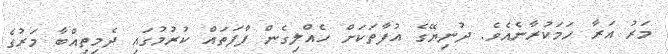
މަރު އަރާ ހަމަކުރާނެއެވެ. ދުނިޔޭގެ އުފާތަކަށް ހެއްލިގެން ފާފަތައް ކުރުމުގައި ދެމިތިއްބާ މަރުގެ